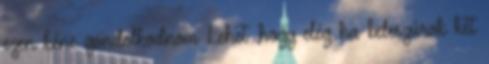
ezen kéne gondolkodnom Lehet ,hogy elég ha beleszúrok két